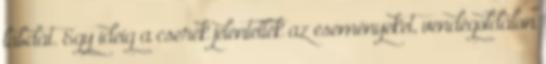
labdát. Egy ideig a cserék jelentették az eseményeket, vendégoldalon